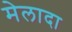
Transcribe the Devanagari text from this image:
मेलादा